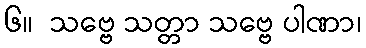
၆။  သဗ္ဗေ သတ္တာ သဗ္ဗေ ပါဏာ၊